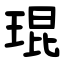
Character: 琨